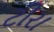
ટીરા